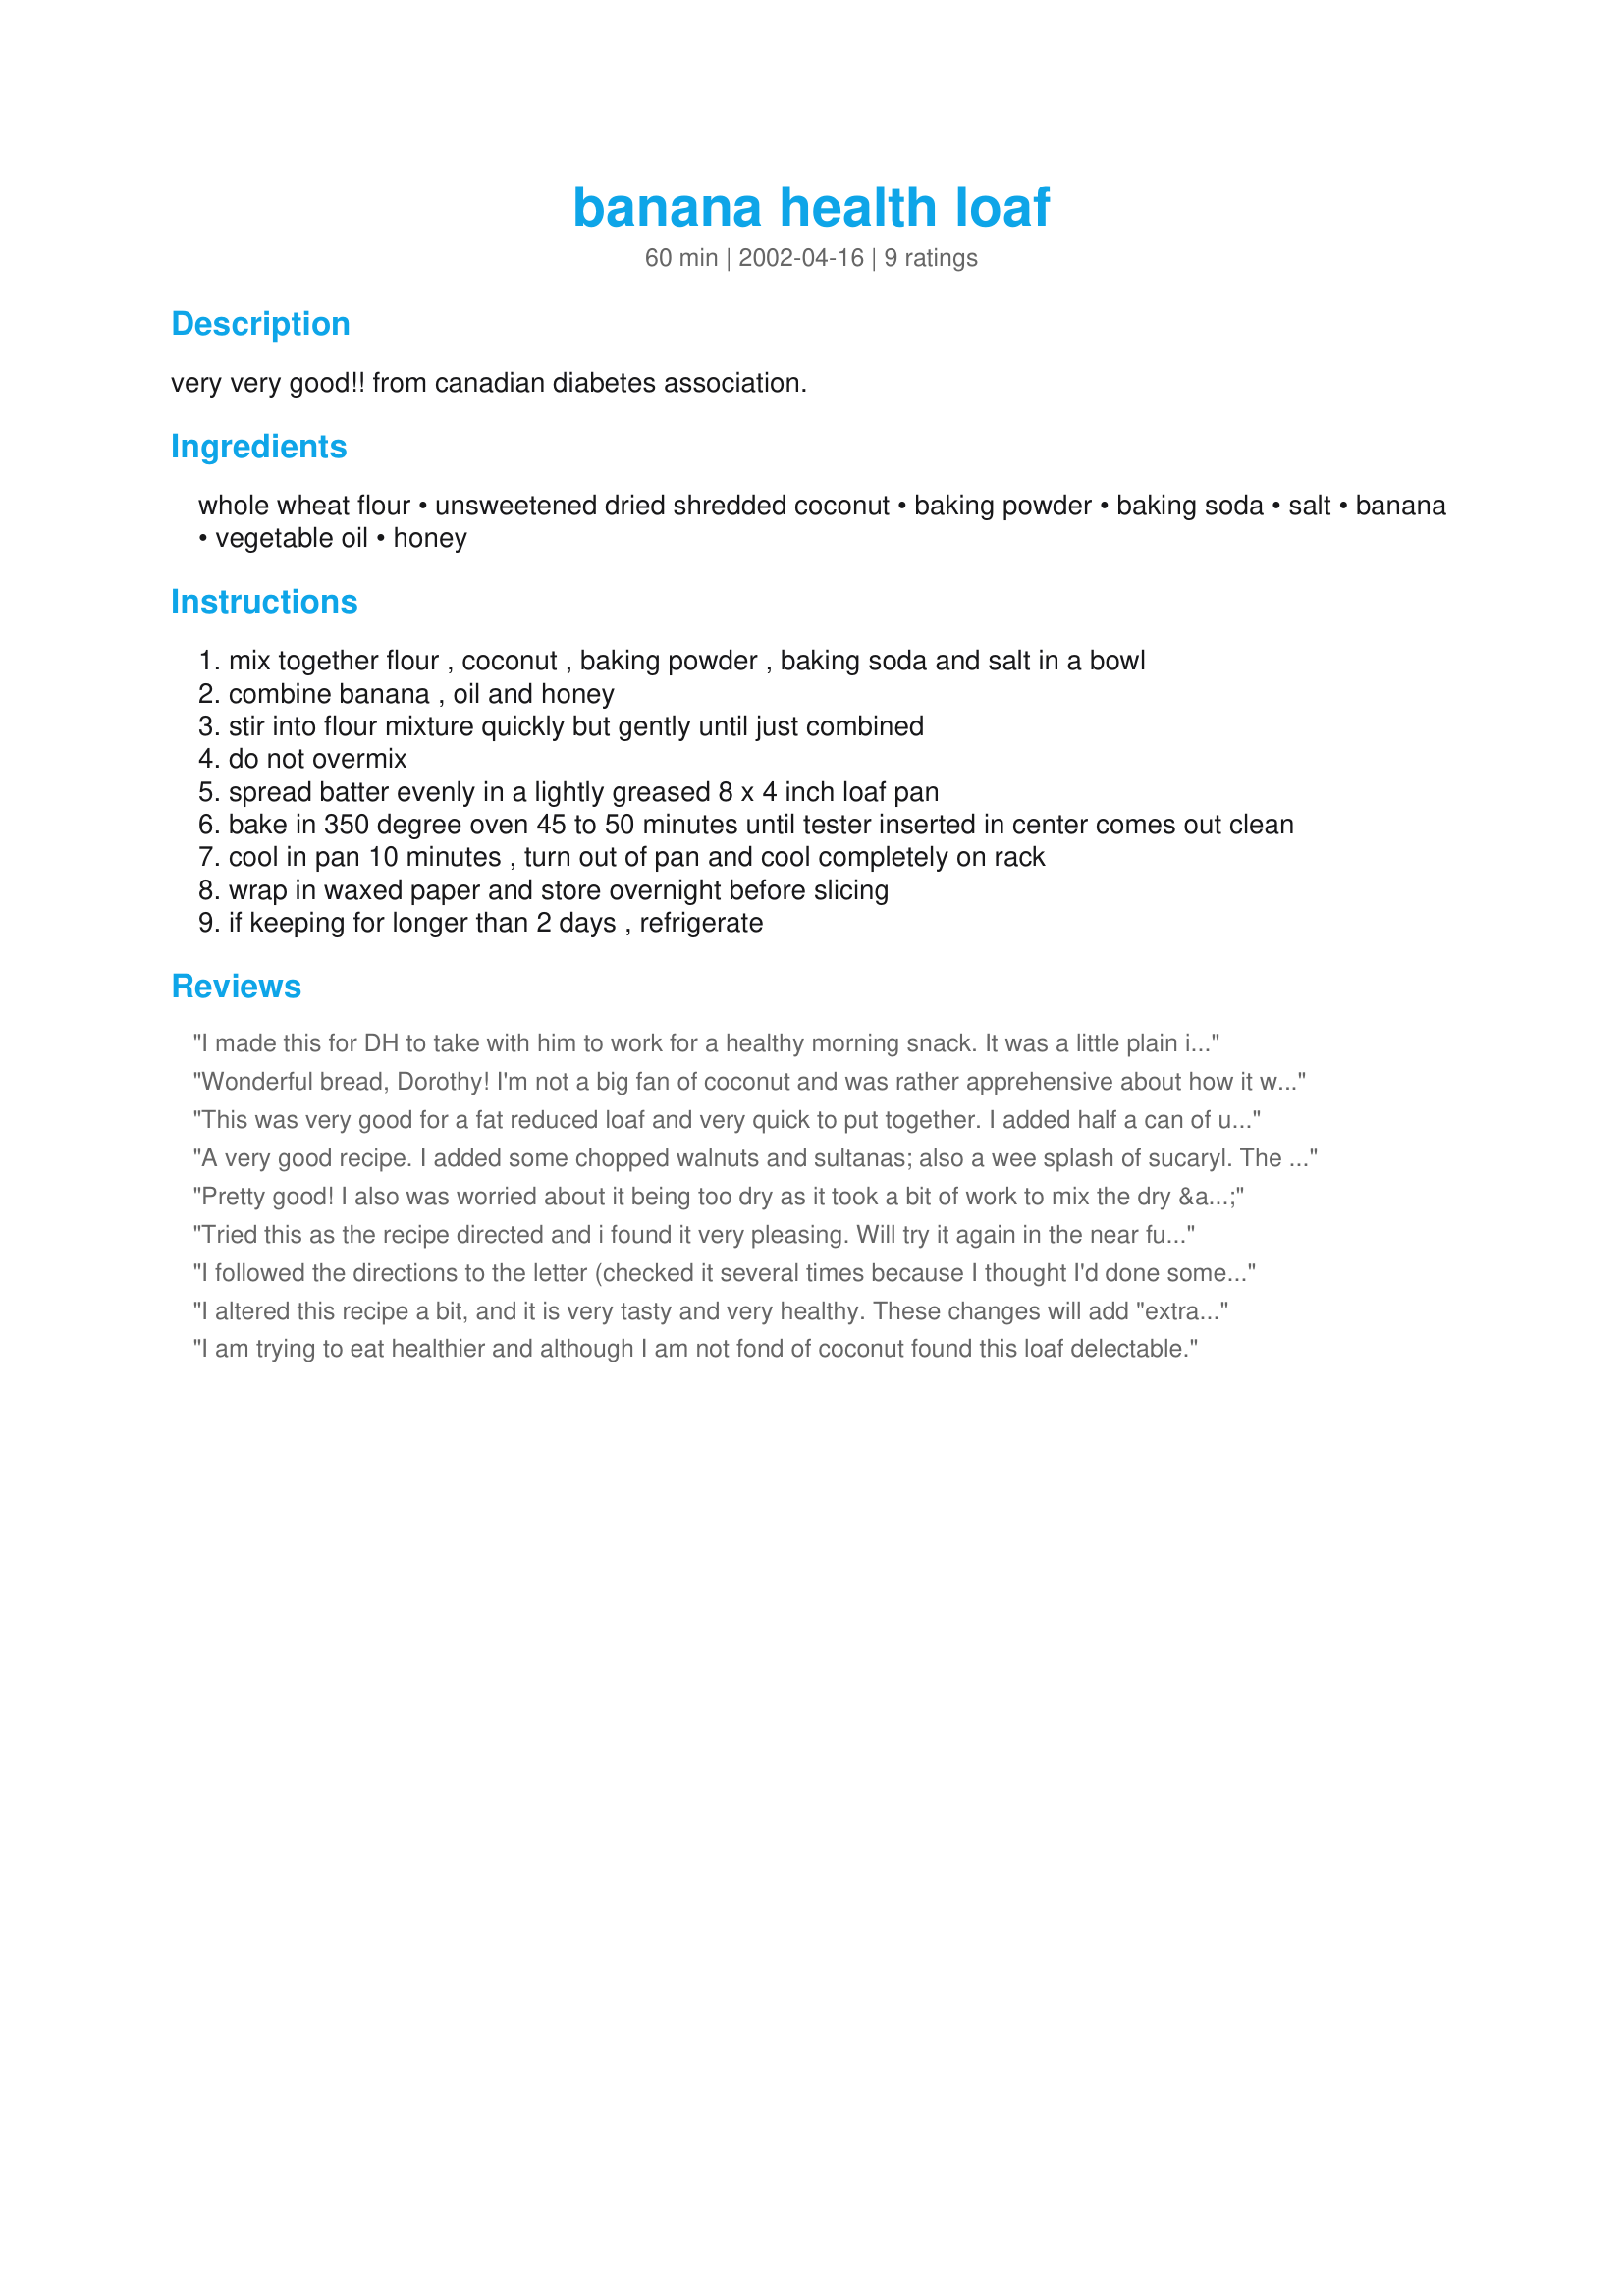
banana health loaf
Preparation time: 60 minutes

very very good!! from canadian diabetes association.

Ingredients:
whole wheat flour, unsweetened dried shredded coconut, baking powder, baking soda, salt, banana, vegetable oil, honey

Steps:
mix together flour , coconut , baking powder , baking soda and salt in a bowl
combine banana , oil and honey
stir into flour mixture quickly but gently until just combined
do not overmix
spread batter evenly in a lightly greased 8 x 4 inch loaf pan
bake in 350 degree oven 45 to 50 minutes until tester inserted in center comes out clean
cool in pan 10 minutes , turn out of pan and cool completely on rack
wrap in waxed paper and store overnight before slicing
if keeping for longer than 2 days , refrigerate

Reviews:
I made this for DH to take with him to work for a healthy morning snack. It was a little plain in flavor, but it was still very good. We both enjoyed it. Thanks Derf for posting!
Wonderful bread, Dorothy! I'm not a big fan of coconut and was rather apprehensive about how it would taste in this recipe, but I really wanted to try this because of the easily available ingredients, and also because it is eggless! I used freshly grated coconut and it DID add a fantastic flavour to the bread. I baked for 45 minutes, and after all the aromas wafting through my house, it was hard waiting until the next day to taste it! This tastes great toasted warm, along with a cup of coffee!
This was very good for a fat reduced loaf and very quick to put together. I added half a can of unsweetened apple pie filling, which I chopped up a bit. It made a great addition.
I must admit to not waiting until the next day to slice and eat but tryed some straight away while it was still warm, delicious!
A very good recipe. I added some chopped walnuts and sultanas; also a wee splash of sucaryl. The bananas I used had been frozen and were very sloppy when thawed. This helped to bind the mixture together. I think the result may not have been so good if the bananas were quite firm.
Pretty good! I also was worried about it being too dry as it took a bit of work to mix the dry & wet ingredients together but it came out rather nice! I had to use sweetened coconut because for some reason it's not available here! I also added some Splenda but next time I think I might add some vanilla. Also used applesauce for the oil. Thanks very much.
Tried this as the recipe directed and i found it very pleasing.

Will try it again in the near future. Thanks.
I followed the directions to the letter (checked it several times because I thought I'd done something wrong) but this was the worst recipe I've ever gotten off the internet. 

The bread didn't blend, not enough moisture. Is there a liquid missing? Came out dry & crumbly. Had to throw it away. Quickly threw the recipe away to. Sorry, but it was awful!
I altered this recipe a bit, and it is very tasty and very healthy. These changes will add "extra" fibre. Here are the changes that I made.

I substituted half the flour, I used 1/2 cup natural bran, and 1/4 cup of ground flax

Instead of the canola oil, I added an extra banana.


I am trying to eat healthier and although I am not fond of coconut found this loaf delectable.
